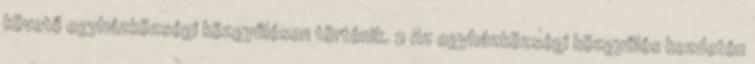
követő egyházközségi közgyűlésen történik. 2 Az egyházközségi közgyűlés kezdetén